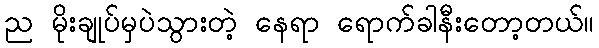
ည မိုးချုပ်မှပဲသွားတဲ့ နေရာ ရောက်ခါနီးတော့တယ်။